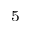
_ 5